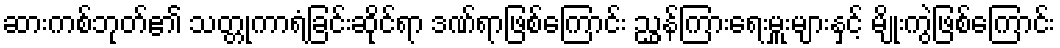
ဆားကစ်ဘုတ်၏ သတ္တုကာရံခြင်းဆိုင်ရာ ဒဏ်ရာဖြစ်ကြောင်း ညွှန်ကြားရေးမှူးများနှင့် မျိုးကွဲဖြစ်ကြောင်း